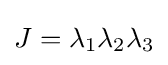
J=\lambda _{1}\lambda _{2}\lambda _{3}